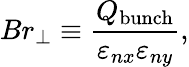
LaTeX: Br_{\perp}\equiv\frac{Q_{\textnormal{bunch}}}{\varepsilon_{nx}\varepsilon_{ny}},